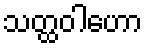
သတ္ထဝါဟော